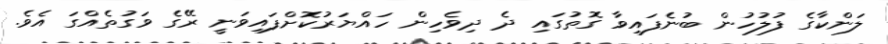
ލަންކާގެ ފުލުހުން ބުނެފައިވާ ގޮތުގައި ދެ ދިވެހިން ހައްޔަރުކޮށްފައިވަނީ ރޭގެ ވަގުތެއްގަ އެވެ.